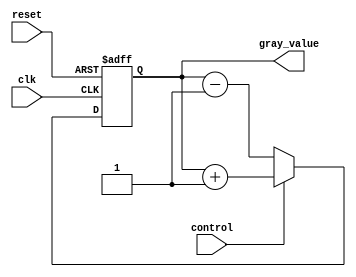
module gray_counter(
    input clk,
    input reset,
    input control,
    output reg [3:0] gray_value
);

reg [3:0] gray_next;

always @ (posedge clk or posedge reset) begin
    if (reset) begin
        gray_value <= 4'b0000;
    end else begin
        if (control) begin
            gray_next = gray_value + 1;
        end else begin
            gray_next = gray_value - 1;
        end
        
        gray_value <= gray_next;
    end
end

endmodule